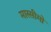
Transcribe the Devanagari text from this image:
मास्सीमो